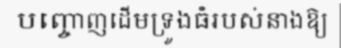
បញ្ចោញដើមទ្រូងធំរបស់នាងឱ្យ